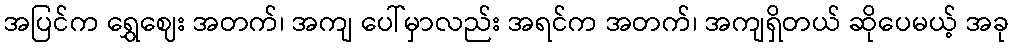
အပြင်က ရွှေဈေး အတက်၊ အကျ ပေါ်မှာလည်း အရင်က အတက်၊ အကျရှိတယ် ဆိုပေမယ့် အခု